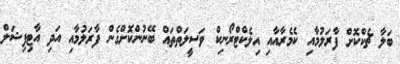
ބަލާ ޗެކްކޮށް ފާރަލުމާއި ކެމެރާއާއި އިލެކްޓްރޯނިކް ވަސީލަތްތައް ބޭނުންކޮށްގެން ފާރަލުމާއި އަދި އާޓިފިޝަލް